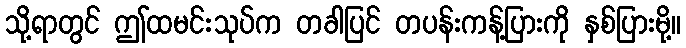
သို့ရာတွင် ဤထမင်းသုပ်က တခါပြင် တပန်းကန့်ပြားကို နှစ်ပြားမို့။